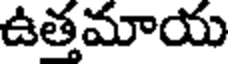
ఉతమాయ